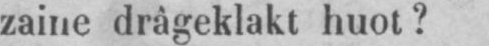
zaine drâgeklakt huot?